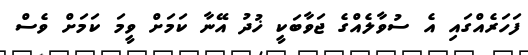
ފަހަރެއްގައި އެ ސުވާލެއްގެ ޖަވާބަކީ ޚުދު އޭނާ ކަމަށް ވީމަ ކަމަށް ވެސް